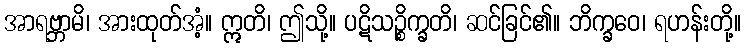
အာရဗ္ဘာမိ၊ အားထုတ်အံ့။ ဣတိ၊ ဤသို့။ ပဋိသဉ္စိက္ခတိ၊ ဆင်ခြင်၏။ ဘိက္ခဝေ၊ ရဟန်းတို့။